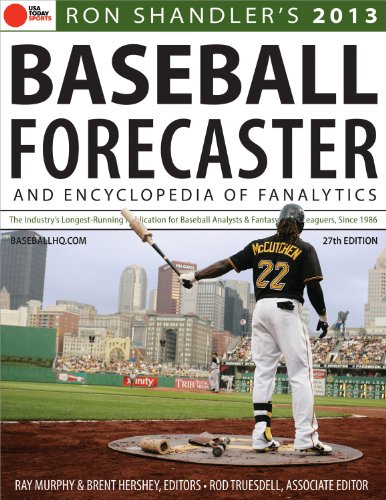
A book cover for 2013 Baseball Forecaster: And Encyclopedia of Fanalytics; Ron Shandler; Humor & Entertainment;